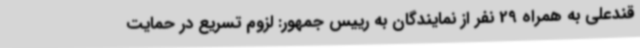
قندعلی به همراه 29 نفر از نمایندگان به رییس جمهور: لزوم تسریع در حمایت